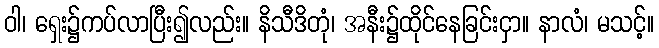
ဝါ၊ ရှေး၌ကပ်လာပြီး၍လည်း။ နိသီဒိတုံ၊ အနီး၌ထိုင်နေခြင်းငှာ။ နာလံ၊ မသင့်။